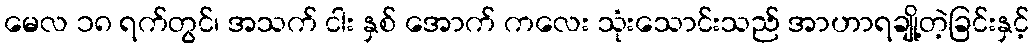
မေလ ၁၈ ရက်တွင်၊ အသက် ငါး နှစ် အောက် ကလေး သုံးသောင်းသည် အာဟာရချို့တဲ့ခြင်းနှင့်